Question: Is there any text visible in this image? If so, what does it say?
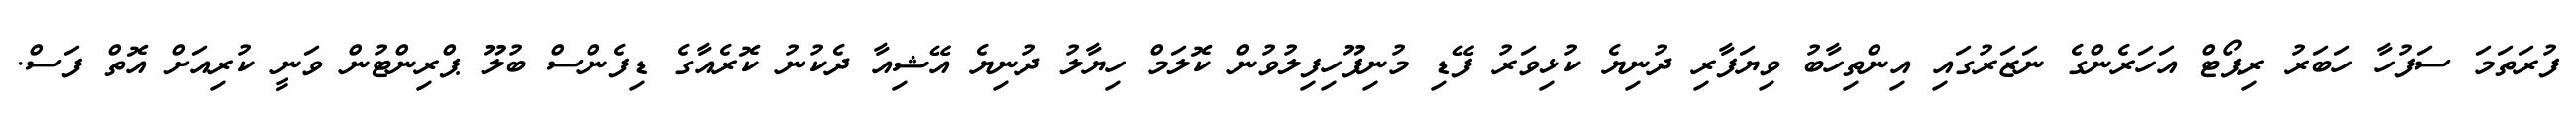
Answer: ފުރަތަމަ ސަފުހާ ހަބަރު ރިޕޯޓް އަހަރެންގެ ނަޒަރުގައި އިންތިހާބު ވިޔަފާރި ދުނިޔެ ކުޅިވަރު ފޭޑި މުނިފޫހިފިލުވުން ކޮލަމް ހިޔާލު ދުނިޔެ އޭޝިއާ ދެކުނު ކޮރެއާގެ ޑިފެންސް ބުލޫ ޕްރިންޓުން ވަނީ ކުރިއަށް އޮތް ފަސް.